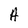
Character: A